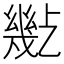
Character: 𢇒